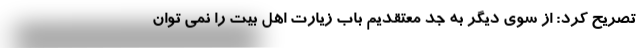
تصریح کرد: از سوی دیگر به جد معتقدیم باب زیارت اهل بیت را نمی توان